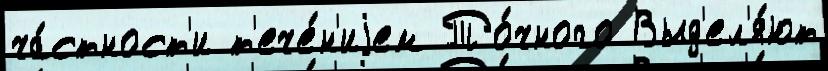
ча́стност'и т'ече́н'иjем То́чного Выд'ел'я́ют